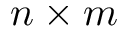
n \times m